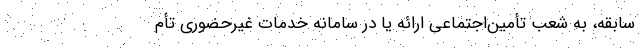
سابقه، به شعب تأمین‌اجتماعی ارائه یا در سامانه خدمات غیرحضوری تأم